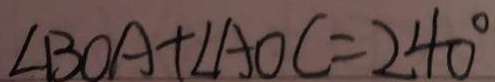
\angle B O A + \angle A O C = 2 4 0 ^ { \circ }